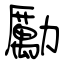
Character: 勵